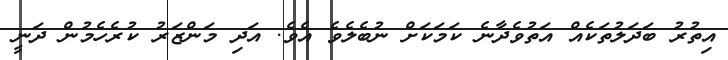
އިތުރު ބަދަލުތަކެއް އަތުވެދާނެ ކަމަކަށް ނުބެލެވެ އެވެ. އަދި މަންޒަރު ކުރެހެމުން ދަނީ